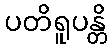
ပတိရူပန္တိ